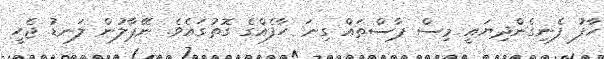
ހާފު ފެނިގެންދިޔައީ މިސް ޕާސްތައް ގިނަ ހާފެއްގެ ގޮތުގައެވެ. ނޭޕާލުން ލަނޑު ޖެހީ